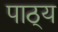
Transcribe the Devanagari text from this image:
पाठ्‌य